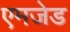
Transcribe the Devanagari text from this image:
एमजेड